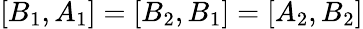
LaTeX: [B_{1},A_{1}]=[B_{2},B_{1}]=[A_{2},B_{2}]